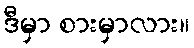
ဒီမှာ စားမှာလား။